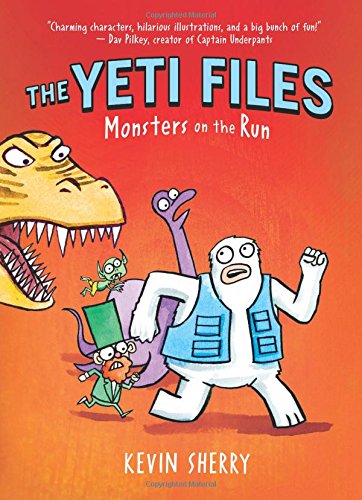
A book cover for Monsters on the Run (The Yeti Files #2); Kevin Sherry; Children's Books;